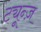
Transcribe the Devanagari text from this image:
ट्यून्ज़